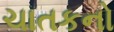
ચાતકનો